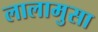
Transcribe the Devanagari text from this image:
लालामुसा